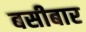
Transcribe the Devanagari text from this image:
बसीबार